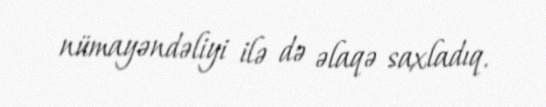
nümayəndəliyi ilə də əlaqə saxladıq.